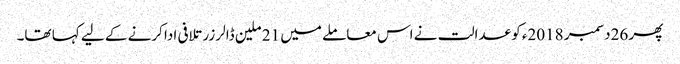
پھر 26دسمبر 2018ء کو عدالت نے اس معاملے میں 21 ملین ڈالر زر تلافی ادا کرنے کے لیے کہا تھا۔